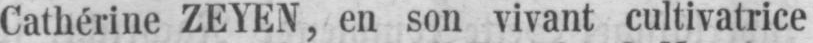
Cathérine ZEYEN, en son vivant cultivatrice